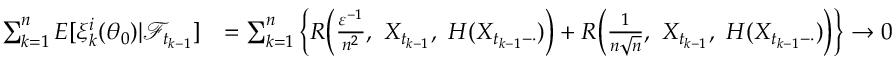
\begin{array} { r l } { \sum _ { k = 1 } ^ { n } E [ \xi _ { k } ^ { i } ( \theta _ { 0 } ) | \mathcal { F } _ { t _ { k - 1 } } ] } & { = \sum _ { k = 1 } ^ { n } \bigg \{ R \Big ( \frac { \varepsilon ^ { - 1 } } { n ^ { 2 } } , ~ X _ { t _ { k - 1 } } , ~ H ( X _ { t _ { k - 1 } - \cdot } ) \Big ) + R \Big ( \frac { 1 } { n \sqrt { n } } , ~ X _ { t _ { k - 1 } } , ~ H ( X _ { t _ { k - 1 } - \cdot } ) \Big ) \bigg \} \rightarrow 0 } \end{array}